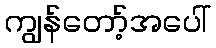
ကျွန်တော့်အပေါ်